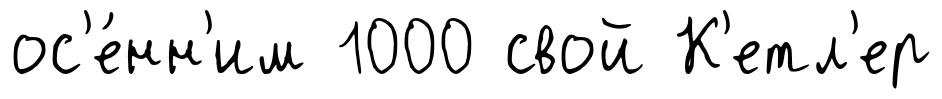
ос'е́нн'им 1000 свой К'етл'ер